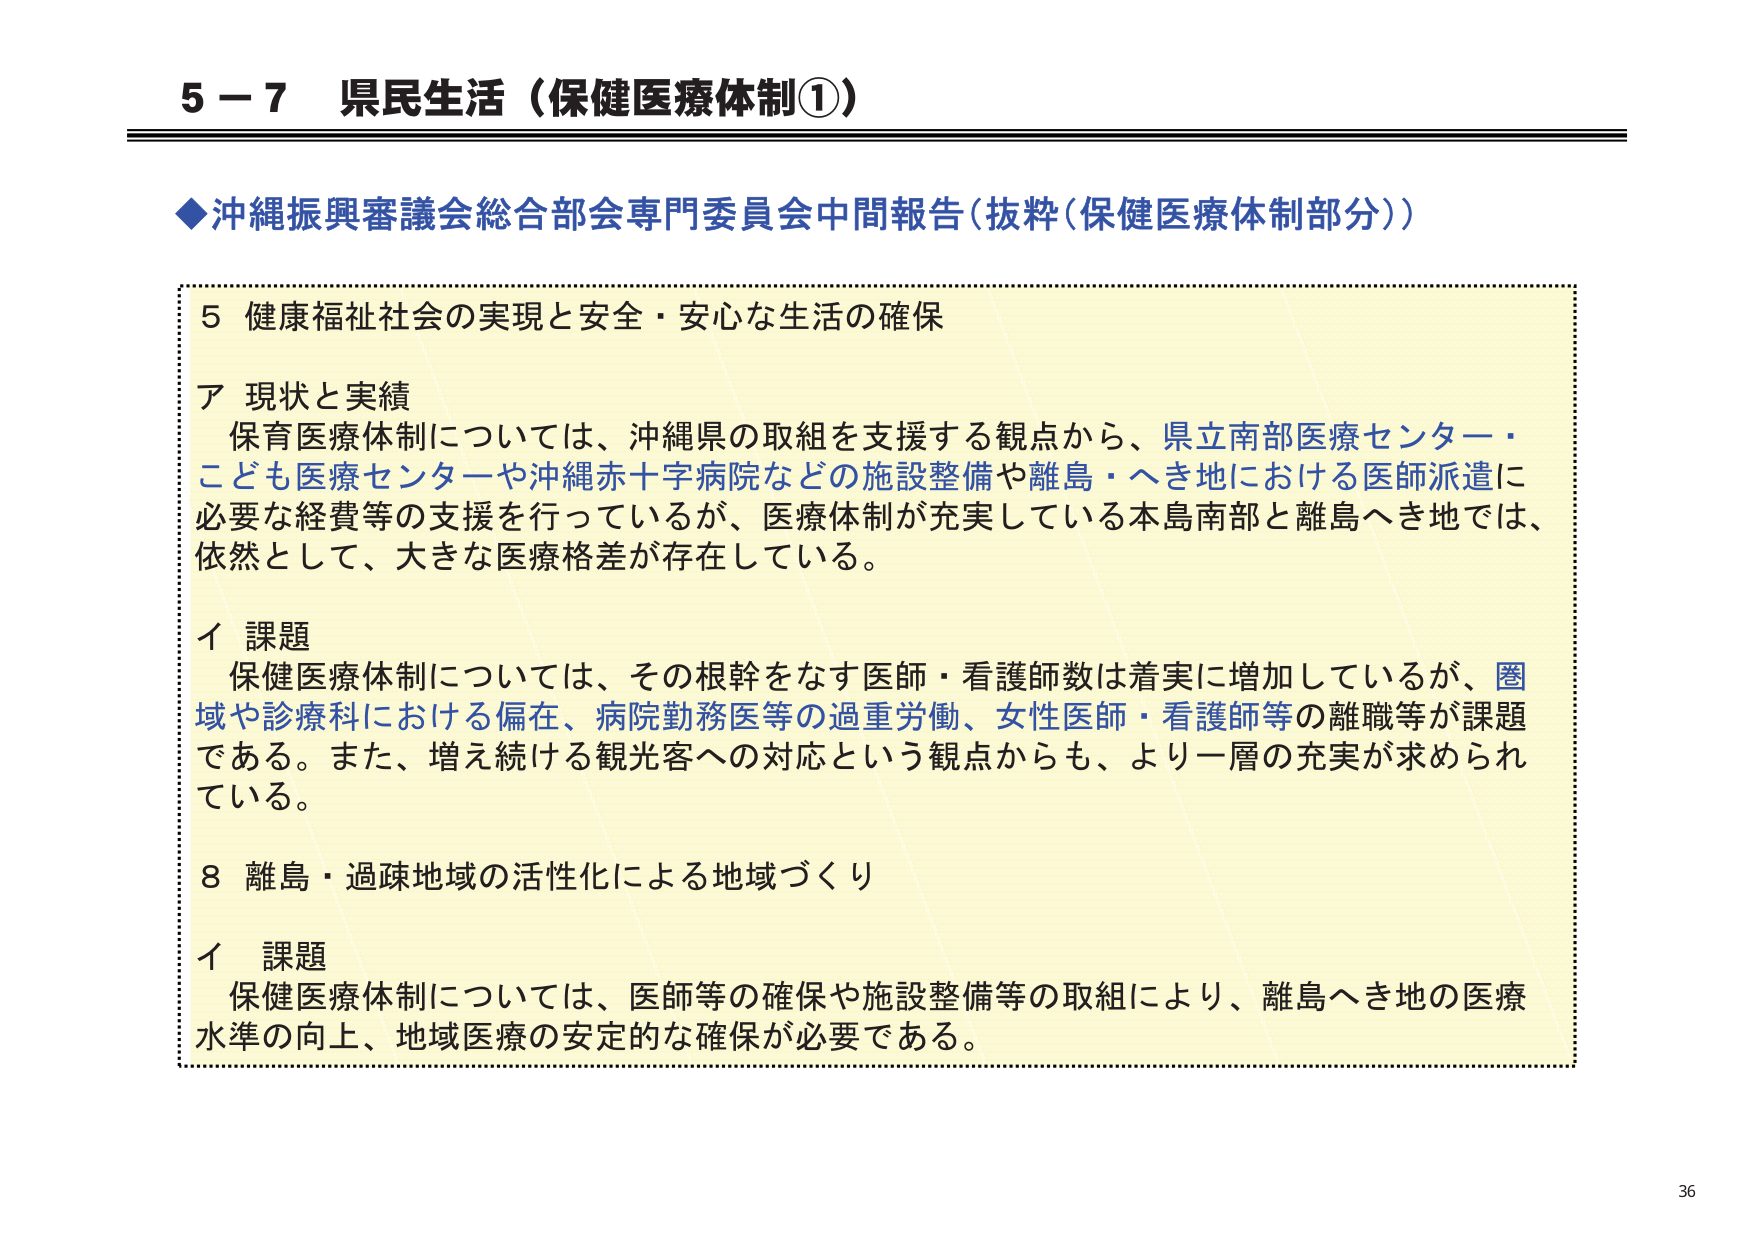
5－7 県民生活（保健医療体制①）

◆沖縄振興審議会総合部会専門委員会中間報告（抜粋（保健医療体制部分））

5 健康福祉社会の実現と安全・安心な生活の確保

ア 現状と実績
保育医療体制については、沖縄県の取組を支援する観点から、県立南部医療センター・こども医療センターや沖縄赤十字病院などの施設整備や離島・へき地における医師派遣に必要な経費等の支援を行っているが、医療体制が充実している本島南部と離島へき地では、依然として、大きな医療格差が存在している。

イ 課題
保健医療体制については、その根幹をなす医師・看護師数は着実に増加しているが、圏域や診療科における偏在、病院勤務医等の過重労働、女性医師・看護師等の離職等が課題である。また、増え続ける観光客への対応という観点からも、より一層の充実が求められている。

8 離島・過疎地域の活性化による地域づくり

イ 課題
保健医療体制については、医師等の確保や施設整備等の取組により、離島へき地の医療水準の向上、地域医療の安定的な確保が必要である。

36